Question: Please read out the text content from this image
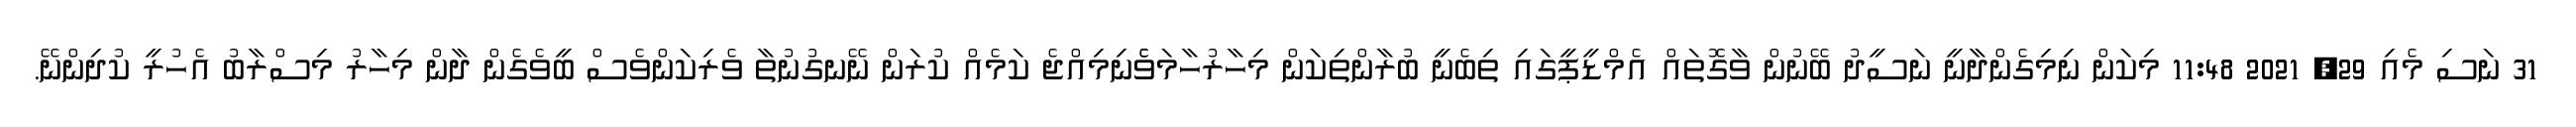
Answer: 31 ނަސި މެއި 29, 2021 11:48 މިކަން ނިމިގެންދާނީ ނަސީދު ބޭނުން ވާގޮތައް އެމްޑީޕީގައި ތިބެނީ ބުރާންތިކަން މިހާރުހާމަވެެނިމިއްޖެ ކަމެއް ކުރަން ނޭނގުނުތާ ވެރިކަންވެސް ބީވެގެން ދާން މިހާރު މިސްރާބު އެހުރީ ކުދިންނޭ.